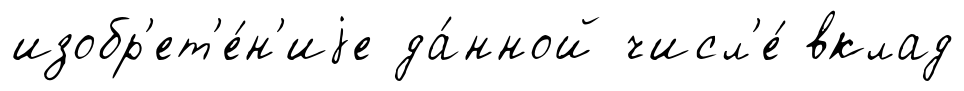
изобр'ет'е́н'иjе да́нной числ'е́ вклад